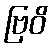
ဗြဝိ